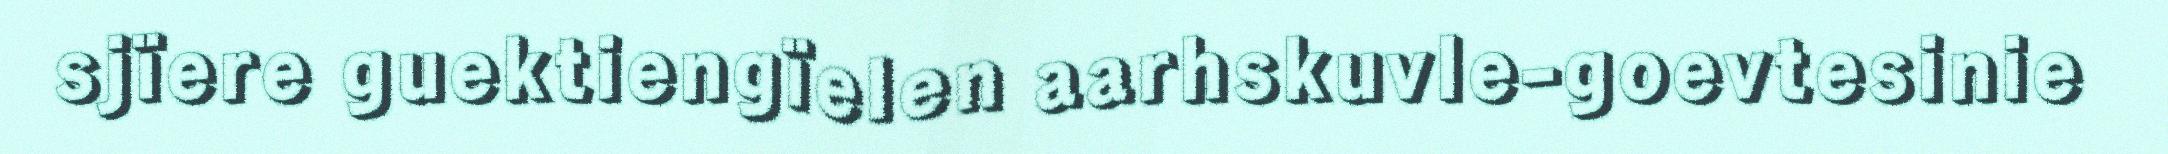
sjïere guektiengïelen aarhskuvle-goevtesinie